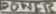
Text: POWER